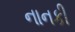
નાનકી